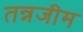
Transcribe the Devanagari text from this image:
तन्नजीम